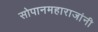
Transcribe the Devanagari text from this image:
सोपानमहाराजांनी